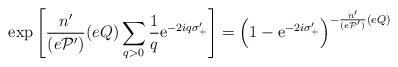
LaTeX: \begin{align*}\exp \left[\frac{n'}{(e{\cal P}')}(eQ) \sum_{q>0}\frac{1}{q} \mbox{e}^{-2iq\sigma'_{+}}\right]= \left(1-\mbox{e}^{-2i\sigma'_{+}}\right)^ {-\frac{n'}{(e{\cal P}')}(eQ)}\end{align*}